Vaccination in the Punjab 1883-1896 - 1883-1896
Year: 1883
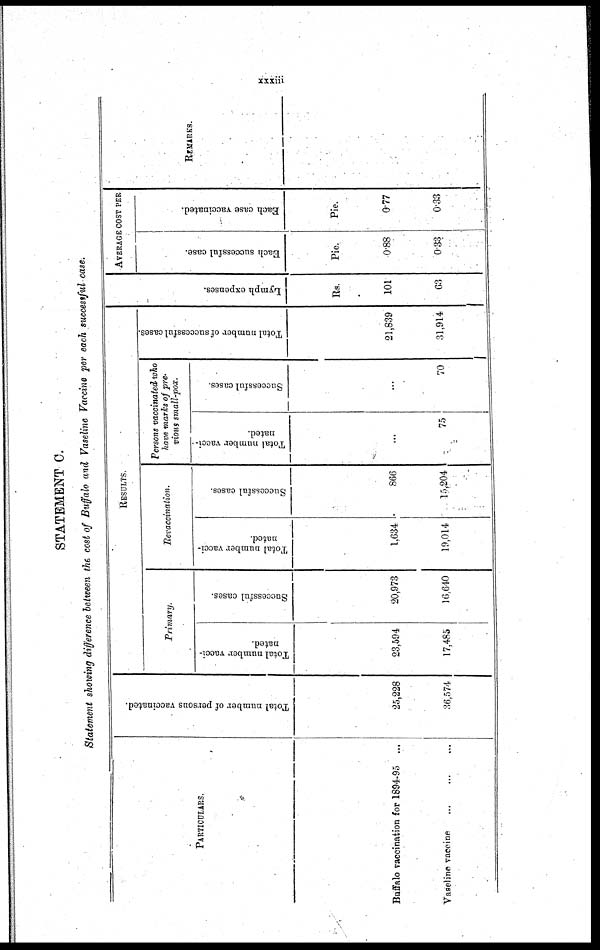
xxxiii
STATEMENT C.
Statement showing difference between the cost of Buffalo and Vaseline Vaccine per each successful case.
PARTICULARS.
Buffalo vaccination for 1894-95 ...
Vaseline vaccine ... ... ...
Total number of persons vaccinated.
25,228
36,574
RESULTS.
Primary.
Total number vacci-
nated.
23,594
17,485
Successful cases.
20,973
16,640
Revaccination.
Total number vacci-
nated.
1,634
19,014
Successful cases.
866
15,204
Persons vaccinated, who
have marks of pre-
vious small-pox.
Total number vacci¬
nated.
...
75
Successful cases.
...
70
Total number of successful cases.
21,839
31,914
Lymph expenses.
Rs.
101
63
AVERAGE COST PER.
Each successful case.
Pie.
0.88
0.33
Each case vaccinated.
Pie.
0.77
0.33
REMARKS.